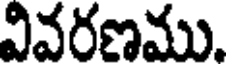
వివరణము.